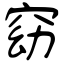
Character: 窈